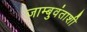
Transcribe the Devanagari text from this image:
जाम्बुवंताशी